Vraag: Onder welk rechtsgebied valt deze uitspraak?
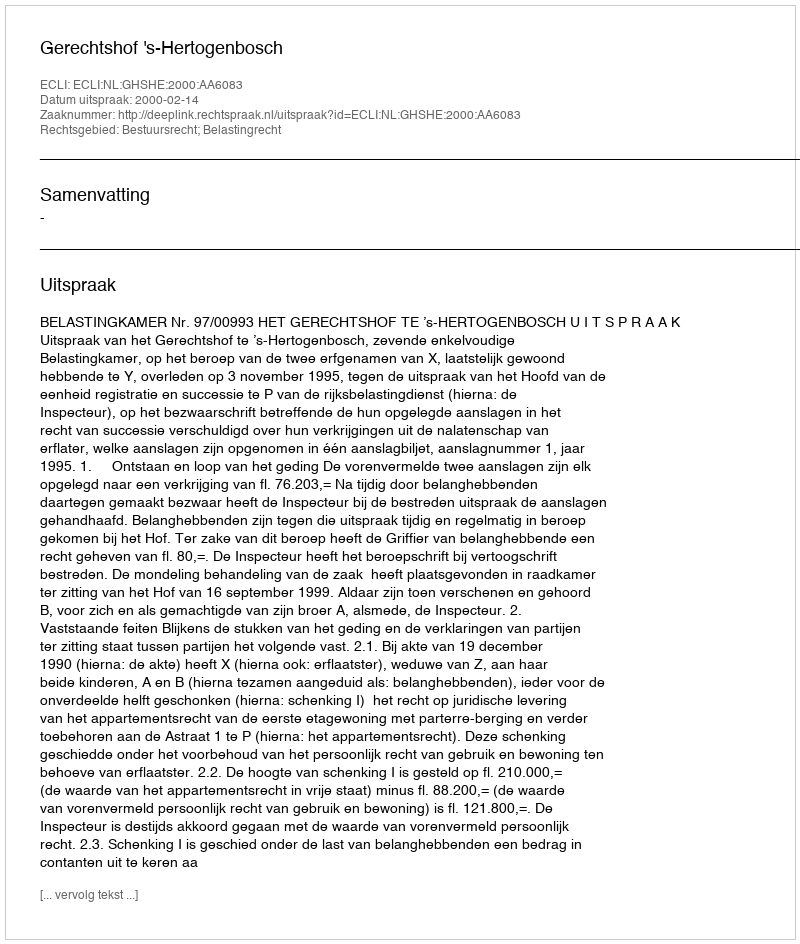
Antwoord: Bestuursrecht; Belastingrecht